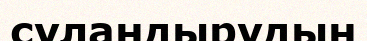
суландырудың